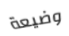
وضيعة